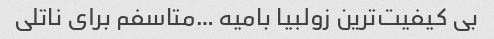
بی کیفیت‌ترین زولبیا بامیه …متاسفم برای ناتلی